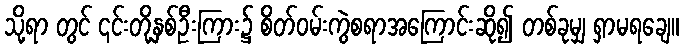
သို့ရာ တွင် ၎င်းတို့နှစ်ဦးကြား၌ စိတ်ဝမ်းကွဲစရာအကြောင်းဆို၍ တစ်ခုမျှ ရှာမရချေ။